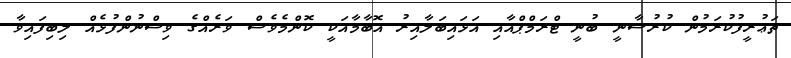
ތަޢުރީފުކުރަމުން ކުރުސާނީ ބުނީ ޓްރަމްޕްއާއި އަޅައިބަލާއިރު އޮބާމާއަކީ ކޮންމެވެސް ވަރެއްގެ ވިސްނުންފުޅެއް ލިބިފައިވާ